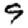
Digit: 9